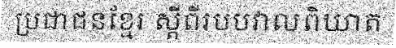
ប្រជាជនខ្មែរ ស្តីពីរបបវាលពិឃាត